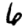
Digit: 6